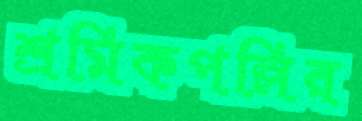
শ্রমিকপল্লির